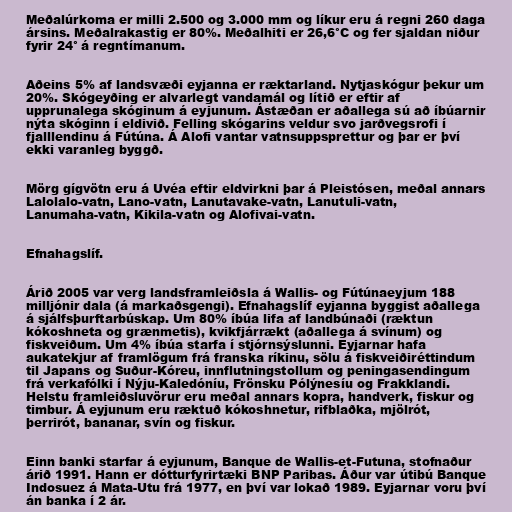
Meðalúrkoma er milli 2.500 og 3.000 mm og líkur eru á regni 260 daga
ársins. Meðalrakastig er 80%. Meðalhiti er 26,6°C og fer sjaldan niður
fyrir 24° á regntímanum.

Aðeins 5% af landsvæði eyjanna er ræktarland. Nytjaskógur þekur um
20%. Skógeyðing er alvarlegt vandamál og lítið er eftir af
upprunalega skóginum á eyjunum. Ástæðan er aðallega sú að íbúarnir
nýta skóginn í eldivið. Felling skógarins veldur svo jarðvegsrofi í
fjalllendinu á Fútúna. Á Alofi vantar vatnsuppsprettur og þar er því
ekki varanleg byggð.

Mörg gígvötn eru á Uvéa eftir eldvirkni þar á Pleistósen, meðal annars
Lalolalo-vatn, Lano-vatn, Lanutavake-vatn, Lanutuli-vatn,
Lanumaha-vatn, Kikila-vatn og Alofivai-vatn.

Efnahagslíf.

Árið 2005 var verg landsframleiðsla á Wallis- og Fútúnaeyjum 188
milljónir dala (á markaðsgengi). Efnahagslíf eyjanna byggist aðallega
á sjálfsþurftarbúskap. Um 80% íbúa lifa af landbúnaði (ræktun
kókoshneta og grænmetis), kvikfjárrækt (aðallega á svínum) og
fiskveiðum. Um 4% íbúa starfa í stjórnsýslunni. Eyjarnar hafa
aukatekjur af framlögum frá franska ríkinu, sölu á fiskveiðiréttindum
til Japans og Suður-Kóreu, innflutningstollum og peningasendingum
frá verkafólki í Nýju-Kaledóníu, Frönsku Pólýnesíu og Frakklandi.
Helstu framleiðsluvörur eru meðal annars kopra, handverk, fiskur og
timbur. Á eyjunum eru ræktuð kókoshnetur, rifblaðka, mjölrót,
þerrirót, bananar, svín og fiskur.

Einn banki starfar á eyjunum, Banque de Wallis-et-Futuna, stofnaður
árið 1991. Hann er dótturfyrirtæki BNP Paribas. Áður var útibú Banque
Indosuez á Mata-Utu frá 1977, en því var lokað 1989. Eyjarnar voru því
án banka í 2 ár.